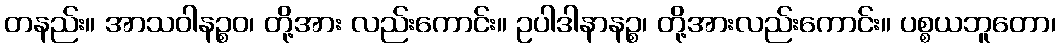
တနည်း။ အာသဝါနဉ္စဝ၊ တို့အား လည်းကောင်း။ ဥပါဒါနာနဉ္စ၊ တို့အားလည်းကောင်း။ ပစ္စယဘူတော၊